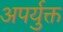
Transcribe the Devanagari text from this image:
अपर्युक्त